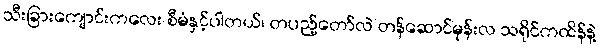
သီးခြားကျောင်းကလေး စီမံနှင့်ပါတယ်၊ တပည့်တော်လဲ တန်ဆောင်မုန်းလ သရိုင်ကထိန်နဲ့